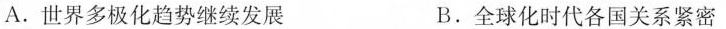
A.世界多极化趋势继续发展 B.全球化时代各国关系紧密